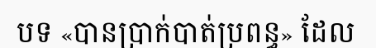
បទ «បានប្រាក់បាត់ប្រពន្ធ» ដែល